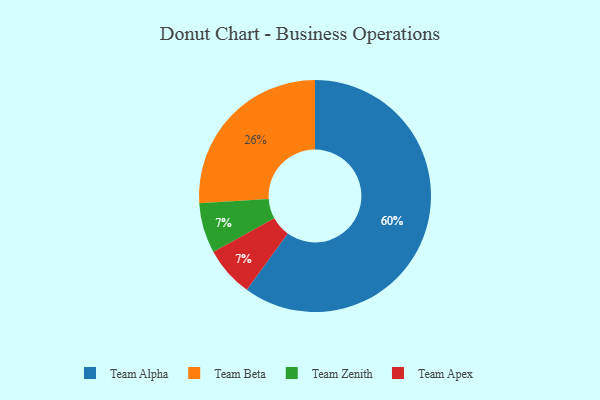
{"axis": {"x": "Category", "y": "Percentage"}, "legend": ["Team Alpha", "Team Apex", "Team Beta", "Team Zenith"], "data": [{"x": "Team Zenith", "y": 7, "type": "Team Zenith"}, {"x": "Team Apex", "y": 7, "type": "Team Apex"}, {"x": "Team Beta", "y": 26, "type": "Team Beta"}, {"x": "Team Alpha", "y": 60, "type": "Team Alpha"}]}